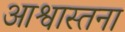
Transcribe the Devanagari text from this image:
आश्वास्तना